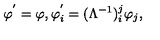
\varphi ^ { ' } = \varphi , \varphi _ { i } ^ { ' } = ( \Lambda ^ { - 1 } ) _ { i } ^ { j } \varphi _ { j } ,